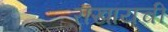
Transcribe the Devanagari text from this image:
राखायची